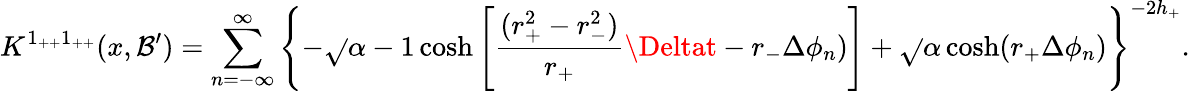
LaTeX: K^{1_{++}1_{++}}(x,\mathcal{B}^{\prime})=\sum_{n=-\infty}^{\infty}\left\{ -\sqrt{}{{\alpha-1}}\cosh\left[{\frac{{(r_{+}^{2}-r_{-}^{2})}}{{r_{+}}}}\Deltat-r_{-}\Delta\phi_{n})\right]+\sqrt{}{{\alpha}}\cosh(r_{+}\Delta\phi_{n})\right\} ^{-2h_{+}}.